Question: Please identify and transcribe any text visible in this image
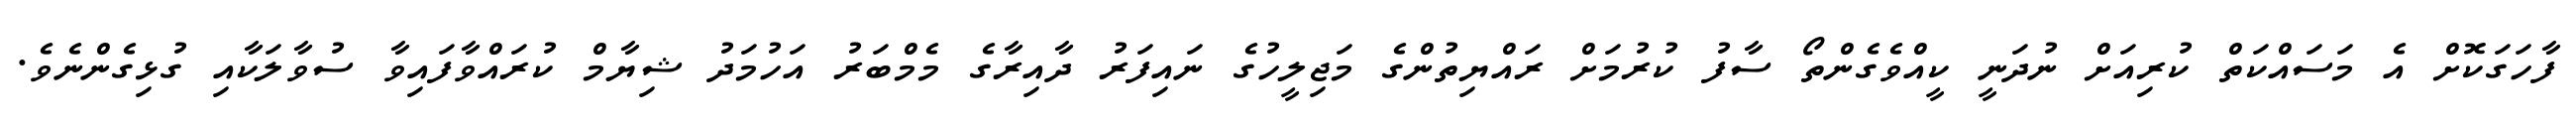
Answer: ފާހަގަކޮށް އެ މަސައްކަތް ކުރިއަށް ނުދަނީ ކީއްވެގެންތޯ ސާފު ކުރުމަށް ރައްޔިތުންގެ މަޖިލީހުގެ ނައިފަރު ދާއިރާގެ މެމްބަރު އަހުމަދު ޝިޔާމް ކުރައްވާފައިވާ ސުވާލަކާއި ގުޅިގެންނެވެ.